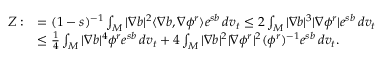
\begin{array} { r l } { Z : } & { = ( 1 - s ) ^ { - 1 } \int _ { M } | \nabla b | ^ { 2 } \langle \nabla b , \nabla \phi ^ { r } \rangle e ^ { s b } \, d v _ { t } \le 2 \int _ { M } | \nabla b | ^ { 3 } | \nabla \phi ^ { r } | e ^ { s b } \, d v _ { t } } \\ & { \le \frac { 1 } { 4 } \int _ { M } | \nabla b | ^ { 4 } \phi ^ { r } e ^ { s b } \, d v _ { t } + 4 \int _ { M } | \nabla b | ^ { 2 } | \nabla \phi ^ { r } | ^ { 2 } ( \phi ^ { r } ) ^ { - 1 } e ^ { s b } \, d v _ { t } . } \end{array}